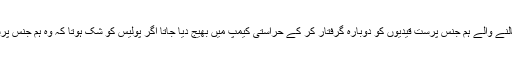
علاوہ ازیں، حال ہی میں جیل سے نکالنے والے ہم جنس پرست قیدیوں کو دوبارہ گرفتار کر کے حراستی کیمپ میں بھیج دیا جاتا اگر پولیس کو شک ہوتا کہ وہ ہم جنس پرستی کے اعمال جاری رکھ رہے ہیں۔